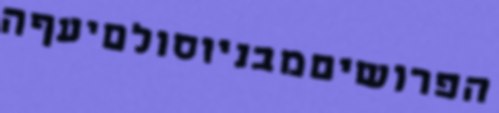
הפרושיםמבניוסולםיעףה